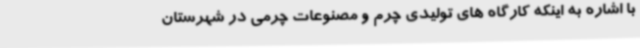
با اشاره به اینکه کارگاه های تولیدی چرم و مصنوعات چرمی در شهرستان